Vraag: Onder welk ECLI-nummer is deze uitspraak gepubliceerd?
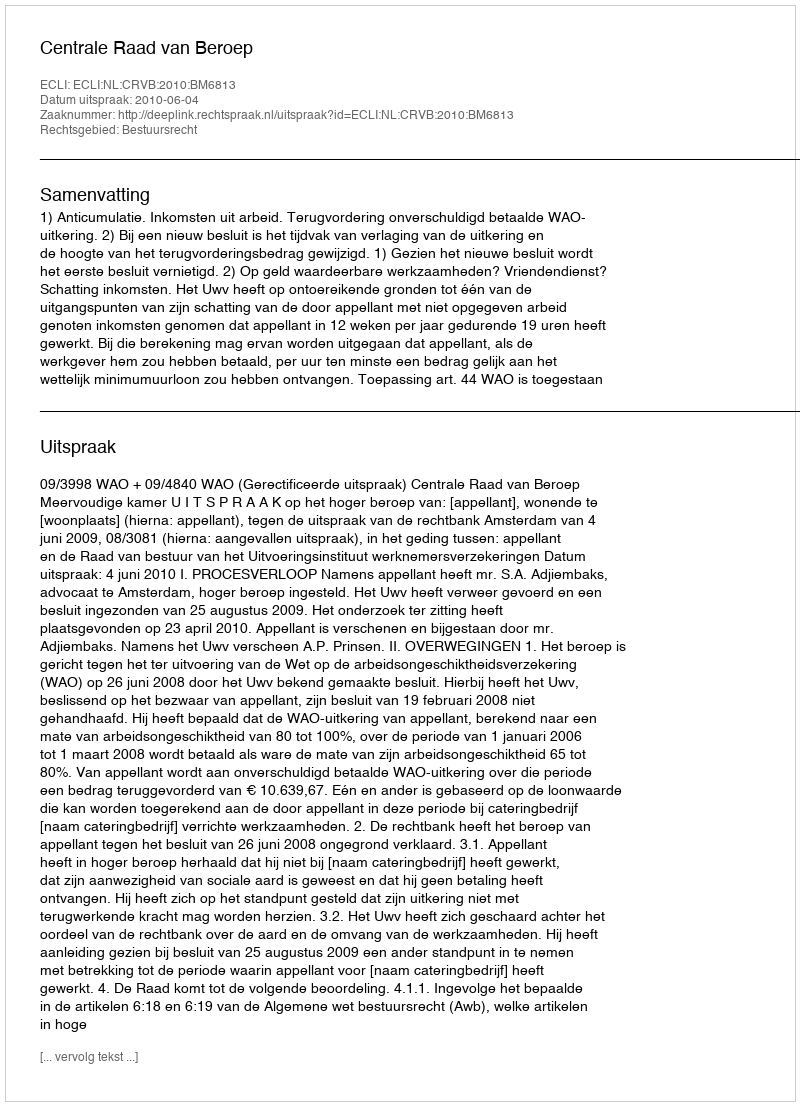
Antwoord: ECLI:NL:CRVB:2010:BM6813